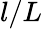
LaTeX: l/L